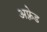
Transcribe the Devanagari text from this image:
अफ़्रेड